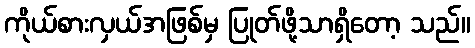
ကိုယ်စားလှယ်အဖြစ်မှ ပြုတ်ဖို့သာရှိတော့ သည်။